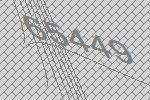
65449